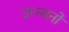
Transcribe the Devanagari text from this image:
उन्न्यनों